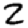
Digit: 2